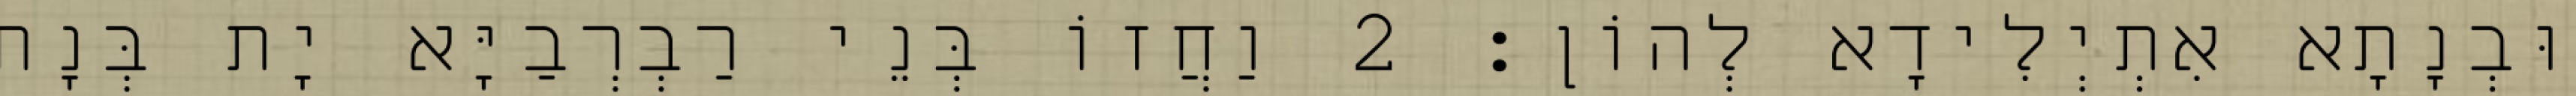
וּבְנָתָא אִתְיְלִידָא לְהוֹן׃ 2 וַחֲזוֹ בְּנֵי רַבְרְבַיָּא יָת בְּנָת